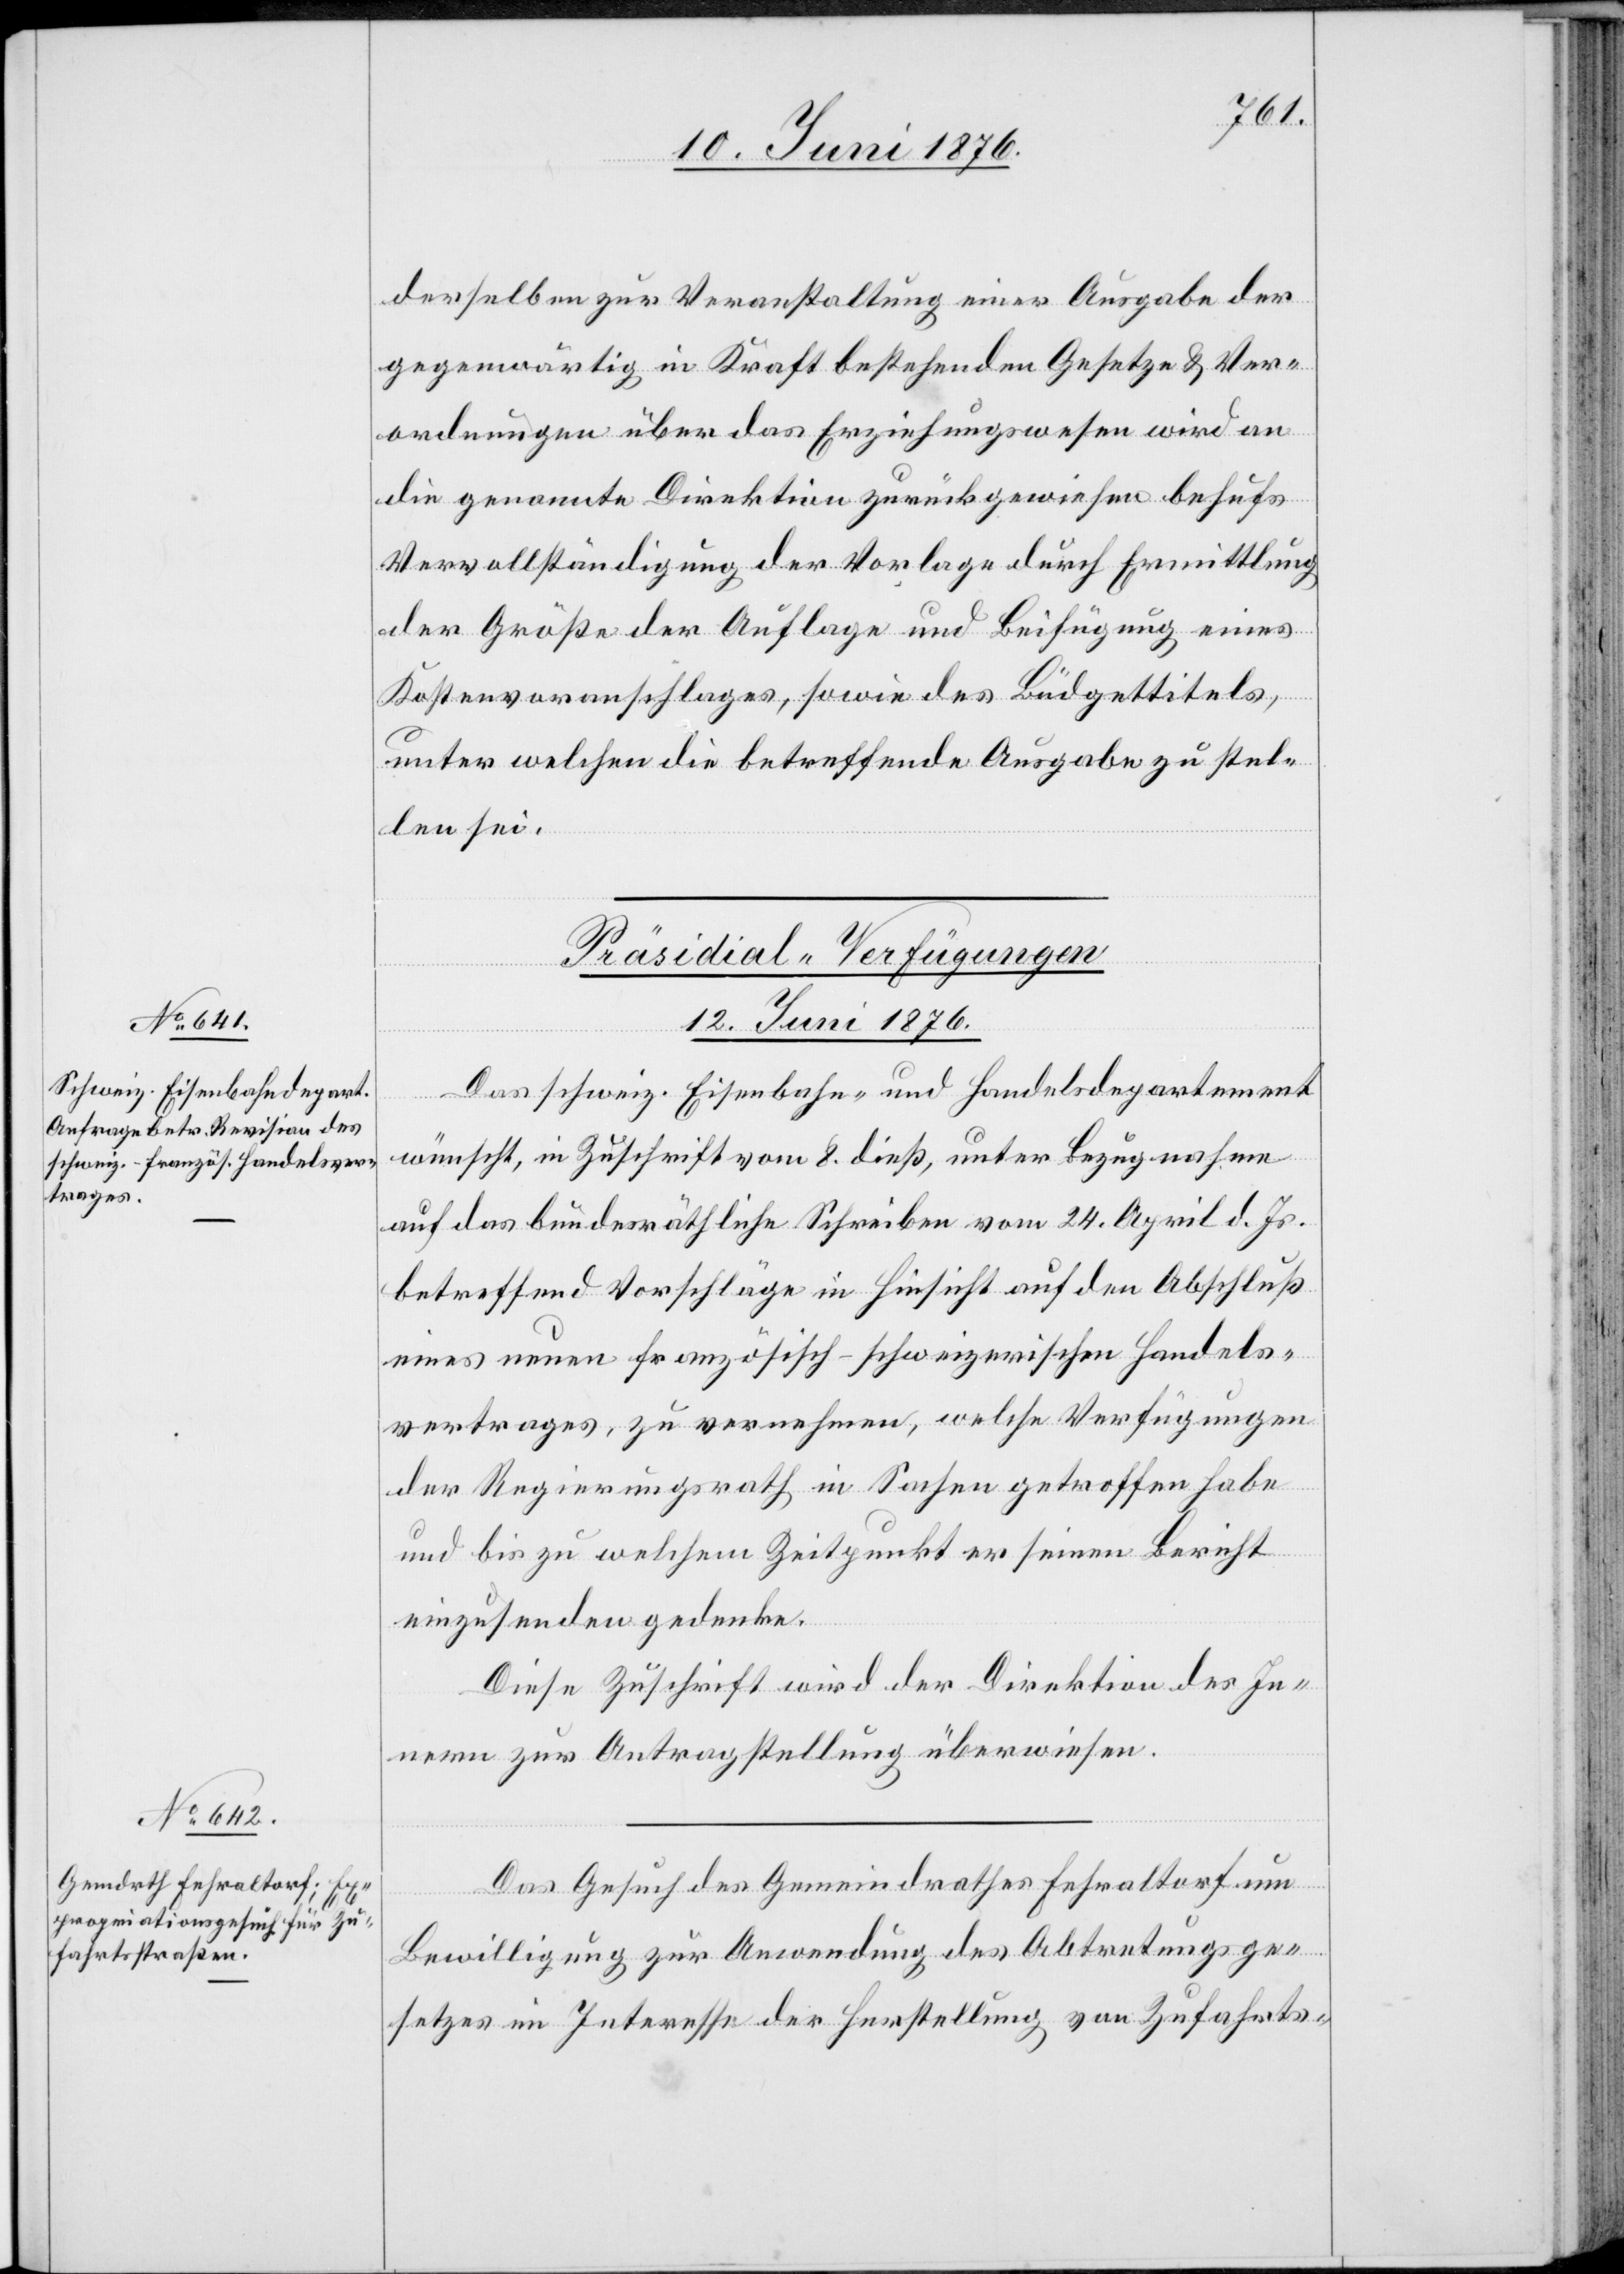
derselben zur Veranstaltung einer Ausgabe der
gegenwärtig in Kraft bestehenden Gesetze & Ver¬
ordnungen über das Erziehungswesen wird an
die genannte Direktion zurückgewiesen behufs
Vervollständigung der Vorlage durch Ermittlung
der Größe der Auflage und Beifügung eines
Kostenvoranschlages, sowie des Büdgettitels,
unter welche die betreffende Ausgabe zu stel¬
len sei.
[Präsidial-Verfügungen
12. Juni 1876.]
Das schweiz. Eisenbahn- und Handelsdepartement
wünscht, in Zuschrift vom 8. dieß, unter Bezugnahme
auf das bundesräthliche Schreiben vom 24. April d. Js.
betreffend Vorschläge in Hinsicht auf den Abschluß
eines neuen französisch-schweizerischen Handels¬
vertrages, zu vernehmen, welche Verfügungen
der Regierungsrath in Sachen getroffen habe
und bis zu welchem Zeitpunkt er seinen Bericht
einzusenden gedenke.
Diese Zuschrift wird der Direktion des In¬
nern zur Antragstellung überwiesen.
Das Gesuch des Gemeindrathes Fehraltorf um
Bewilligung zur Anwendung des Abtretungsge¬
setzes im Interesse der Herstellung von Zufahrts-